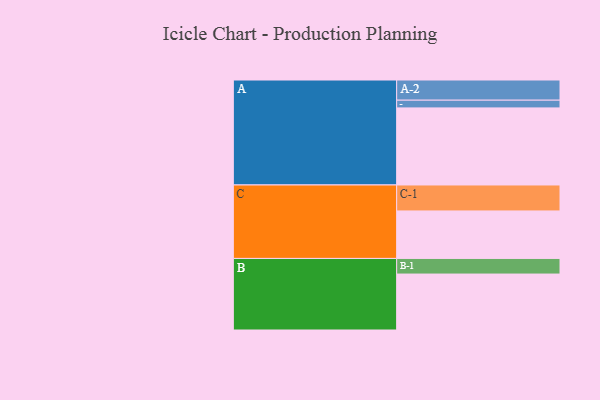
{"axis": {"x": "Segment", "y": "Value"}, "legend": ["", "A", "B", "C"], "data": [{"x": "A", "y": 558, "type": ""}, {"x": "B", "y": 405, "type": ""}, {"x": "C", "y": 344, "type": ""}, {"x": "A-1", "y": 56, "type": "A"}, {"x": "A-2", "y": 146, "type": "A"}, {"x": "B-1", "y": 113, "type": "B"}, {"x": "C-1", "y": 188, "type": "C"}]}